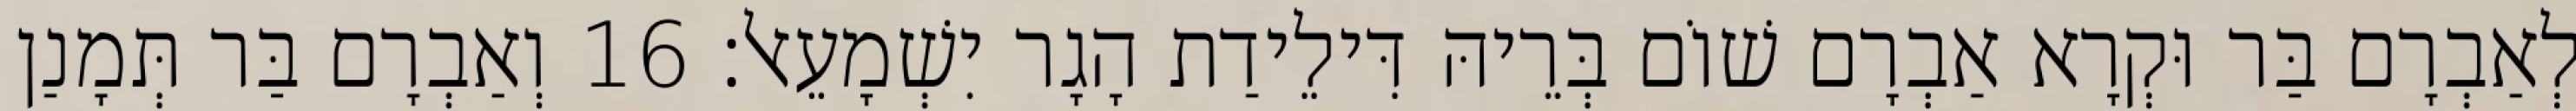
לְאַבְרָם בַּר וּקְרָא אַבְרָם שׁוֹם בְּרֵיהּ דִּילֵידַת הָגָר יִשְׁמָעֵאל׃ 16 וְאַבְרָם בַּר תְּמָנַן